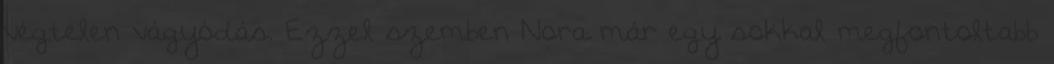
végtelen vágyódás. Ezzel szemben Nora már egy sokkal megfontoltabb